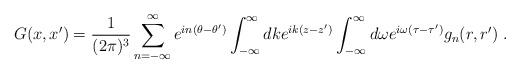
\begin{align*}G(x,x')=\frac1{(2\pi)^3}\sum_{n=-\infty}^\infty e^{in(\theta-\theta')}\int_{-\infty}^\infty dk e^{ik(z-z')} \int_{-\infty}^{\infty} d\omega e^{i\omega (\tau-\tau')} g_n(r,r') \ .\end{align*}